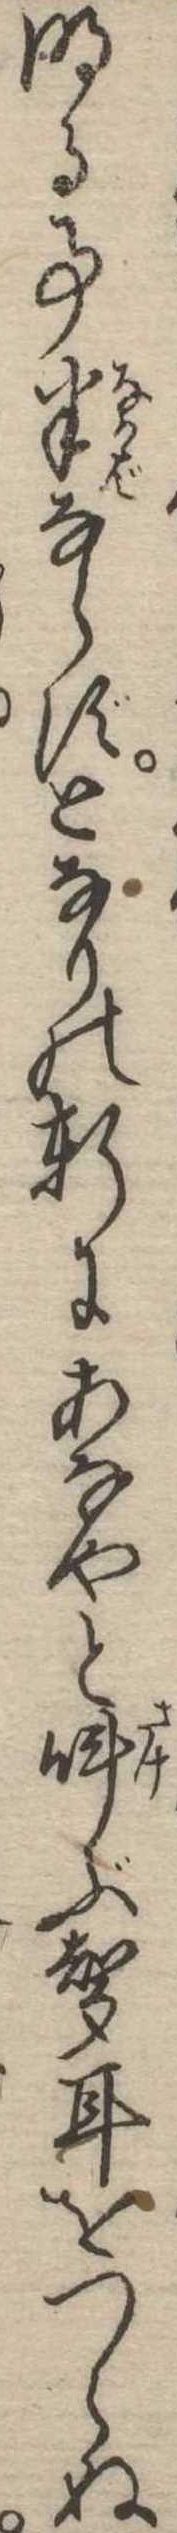
明る事半ならずとなりの軒にあなやと叫ぶ声耳をつらぬ